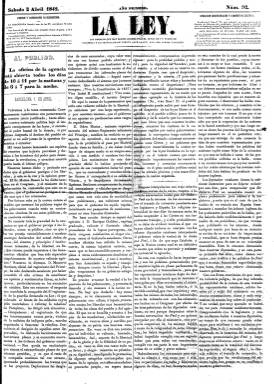
Título: La Ley (Barcelona. 1842)
Colección: Periódicos anteriores a 1850
Ámbito geográfico: Barcelona
Lugar de publicación: Barcelona
Fechas: 01/04/1842-06/09/1842

Diario con un formato en gran folio, de cuatro páginas y compuesto a cuatro columnas, que comienza a publicarse el uno de enero de 1842, siendo su director y propietario Antonio Seijas Prado, oficial de Infantería, que previamente había sido redactor y dirigido temporalmente El Constitucional (1837-1843). Tiene una doble vertiente, por un lado es de ideología liberal progresista, en el entorno de la democracia, y partidario de la unión de moderados, progresistas y hasta republicanos no radicales; y, por otro, tiene carácter de periódico de “servicios”, es decir, que ofrece información utilitaria, entre la que se incluyen ofertas y demandas de trabajo. Además, en su redacción y administración, en la Rambla de San José, de Barcelona, tenía instalado un Gabinete de Lectura y una Agencia General de Negocios. Se indica como su editor responsable a B. Vilardell, aunque en una guía de la época aparece un tal Bartolomé Lebrét como administrador del periódico, por lo que podría tratarse de la misma persona.

Con imprenta propia, aparece todos los días. Bajo su cabecera inserta el lema: “Los pueblos que han sabido quebrantar el cetro de un poder de injusticia y han humillado su frente ante la ley, han sido libres y felices. Sus secciones llevan epígrafes como Correspondencia de la Ley, Cortes, Crónica extranjera, Crónica oficial, Noticias militares, Gacetín urbano, Parte mercantil o Espectáculos públicos, y ofrece información sobre el movimiento portuario, no solo de Barcelona, sino también de Tarragona; los precios de los productos alimentarios en el mercado de la ciudad, pero también en mercados extranjeros u otras ciudades europeas, así como información bursátil, cambios monetarios y anuncios comerciales, dedicándole atención especial a las actividades del Liceo. Suele iniciar cada número con un editorial y publica también artículos remitidos o comunicados. A veces, la sección Crónica interior procede de Fray Gerundio, el periódico de Modesto Lafuente. Así mismo, inserta textos bajo la cabecera de Guindilla. También publica un folletín titulado Biblioteca de damas. Entre las firmas de sus textos aparece la del economista y escritor Ramón de La Sagra (1798-1871).

Señala que mensualmente editaría una recopilación de las novedades legislativas. La colección de este título en la Biblioteca Nacional de España va desde el número 103, del 13 de abril, al 247, del seis de septiembre de ese mismo año 1843. Referencia bibliográfica a este periódico en 200 anys de premsa diària a Catalunya (1995).